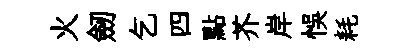
火劒乞四點芥岸悞耗